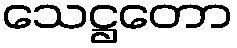
သေဋ္ဌတော